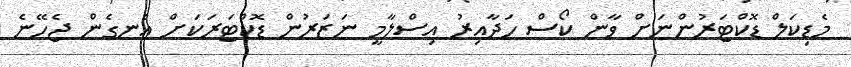
މެޑިކަލް ޑޮކްޓަރުންނަށް ވާން ކޯސް ހަދާއިރު އިސްލާމީ ނަޒަރުން ޑޮކްޓަރަކަށް އެނގެން ޖެހޭނެ